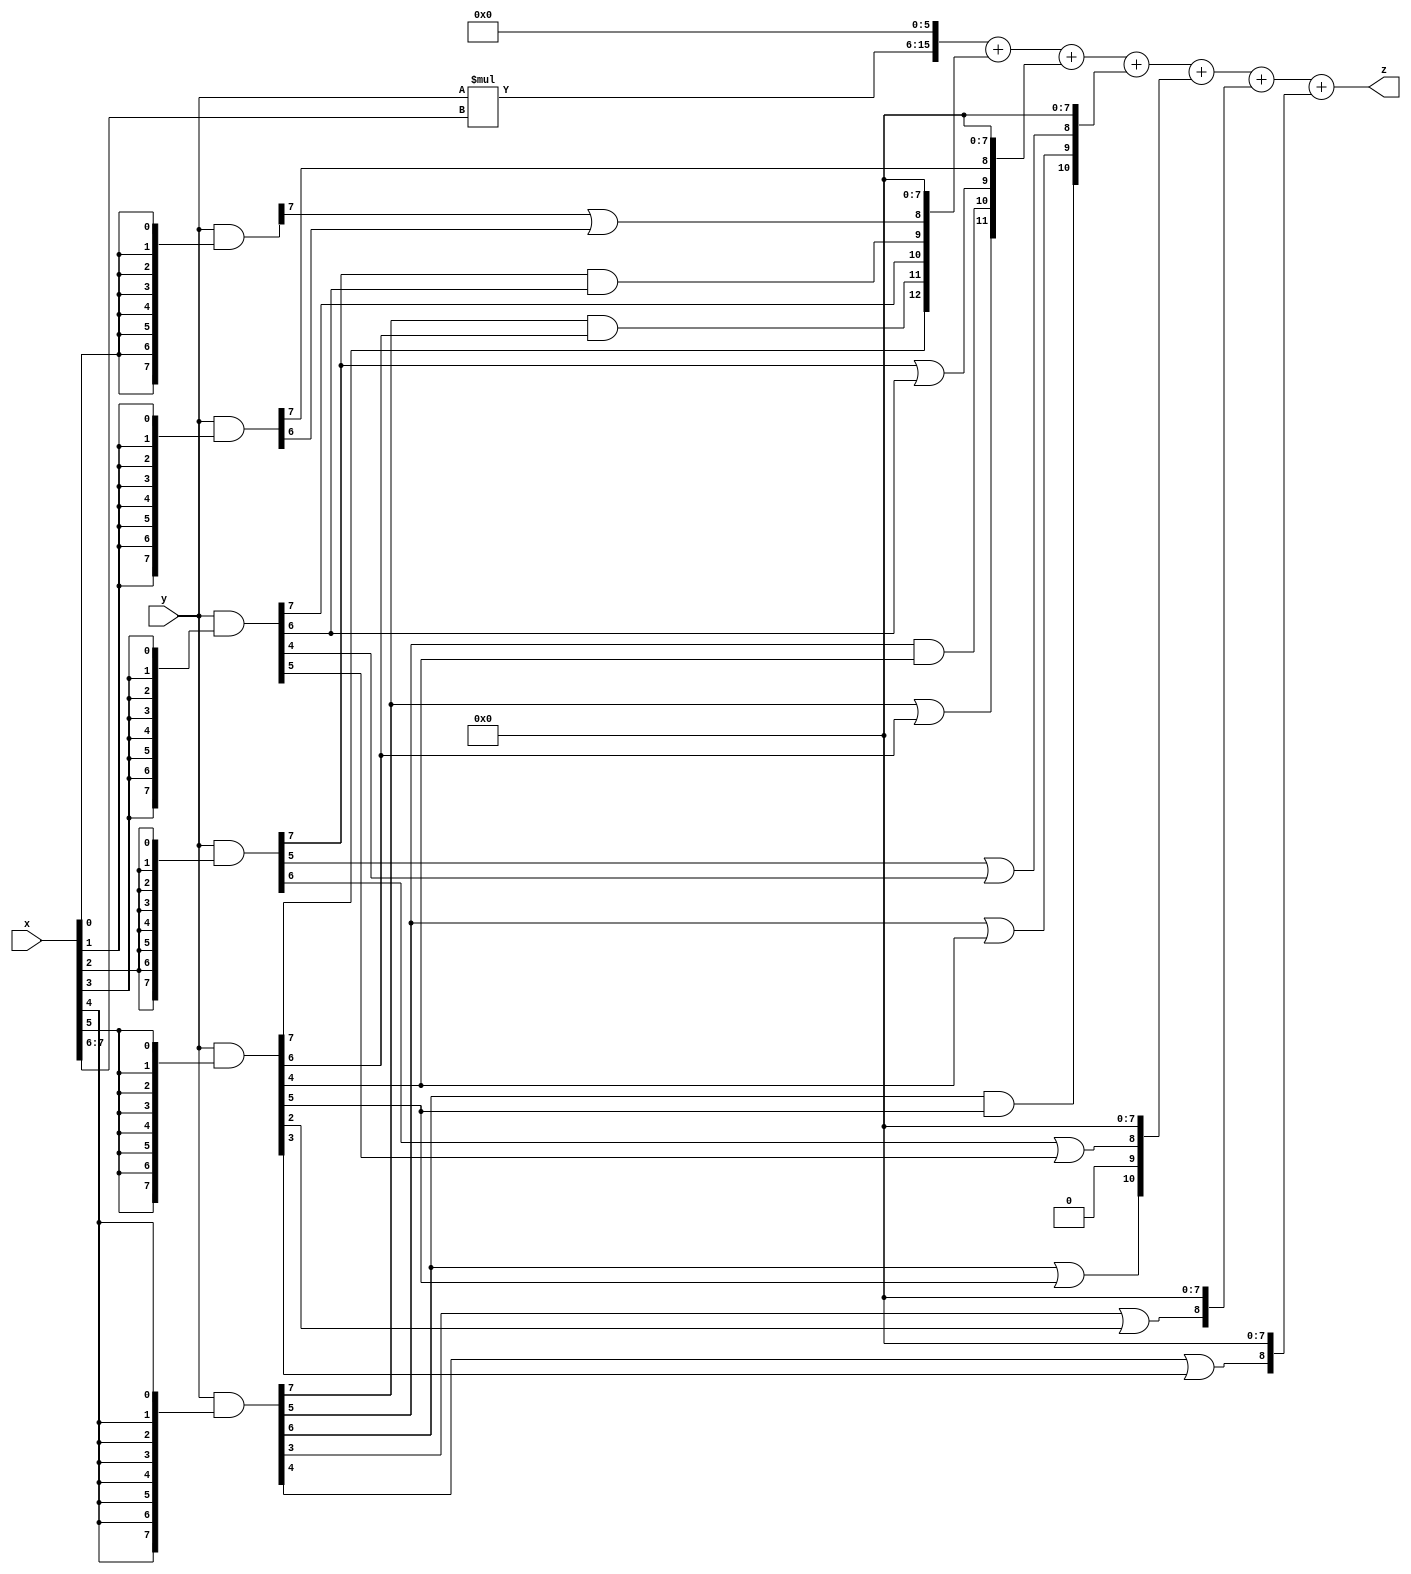
// terms: 16
// fval:  175230.25

module unsigned_8x8_l6_lamb9000_4 (
	input [7:0] x,
	input [7:0] y,
	output [15:0] z
);

wire [9:0] tmp_z = y*x[7:6];

wire [7:0] part1 =  y & {8{x[0]}};
wire [7:0] part2 =  y & {8{x[1]}};
wire [7:0] part3 =  y & {8{x[2]}};
wire [7:0] part4 =  y & {8{x[3]}};
wire [7:0] part5 =  y & {8{x[4]}};
wire [7:0] part6 =  y & {8{x[5]}};

wire [12:0] new_part1;
assign new_part1[0] = 0;
assign new_part1[1] = 0;
assign new_part1[2] = 0;
assign new_part1[3] = 0;
assign new_part1[4] = 0;
assign new_part1[5] = 0;
assign new_part1[6] = 0;
assign new_part1[7] = 0;
assign new_part1[8] = part1[7] | part2[6];
assign new_part1[9] = part3[7] & part4[6];
assign new_part1[10] = part4[7];
assign new_part1[11] = part5[7] & part6[6];
assign new_part1[12] = part6[7];

wire [11:0] new_part2;
assign new_part2[0] = 0;
assign new_part2[1] = 0;
assign new_part2[2] = 0;
assign new_part2[3] = 0;
assign new_part2[4] = 0;
assign new_part2[5] = 0;
assign new_part2[6] = 0;
assign new_part2[7] = 0;
assign new_part2[8] = part2[7];
assign new_part2[9] = part3[7] | part4[6];
assign new_part2[10] = part5[5] & part6[4];
assign new_part2[11] = part5[7] | part6[6];

wire [10:0] new_part3;
assign new_part3[0] = 0;
assign new_part3[1] = 0;
assign new_part3[2] = 0;
assign new_part3[3] = 0;
assign new_part3[4] = 0;
assign new_part3[5] = 0;
assign new_part3[6] = 0;
assign new_part3[7] = 0;
assign new_part3[8] = part3[5] | part4[4];
assign new_part3[9] = part5[5] | part6[4];
assign new_part3[10] = part5[6] & part6[5];

wire [10:0] new_part4;
assign new_part4[0] = 0;
assign new_part4[1] = 0;
assign new_part4[2] = 0;
assign new_part4[3] = 0;
assign new_part4[4] = 0;
assign new_part4[5] = 0;
assign new_part4[6] = 0;
assign new_part4[7] = 0;
assign new_part4[8] = part3[6] | part4[5];
assign new_part4[9] = 0;
assign new_part4[10] = part5[6] | part6[5];

wire [8:0] new_part5;
assign new_part5[0] = 0;
assign new_part5[1] = 0;
assign new_part5[2] = 0;
assign new_part5[3] = 0;
assign new_part5[4] = 0;
assign new_part5[5] = 0;
assign new_part5[6] = 0;
assign new_part5[7] = 0;
assign new_part5[8] = part5[3] | part6[2];

wire [8:0] new_part6;
assign new_part6[0] = 0;
assign new_part6[1] = 0;
assign new_part6[2] = 0;
assign new_part6[3] = 0;
assign new_part6[4] = 0;
assign new_part6[5] = 0;
assign new_part6[6] = 0;
assign new_part6[7] = 0;
assign new_part6[8] = part5[4] | part6[3];

assign z = {tmp_z, 6'd 0} + new_part1 + new_part2 + new_part3 + new_part4 + new_part5 + new_part6;
endmodule